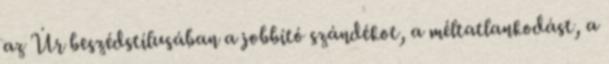
az Úr beszédstílusában a jobbító szándékot, a méltatlankodást, a